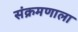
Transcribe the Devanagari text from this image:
संक्रमणाला